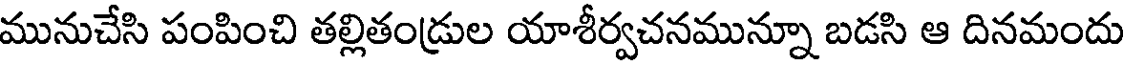
మునుచేసి పంపించి తల్లితండ్రుల యాశీర్వచనమున్నూ బడసి ఆ దినమందు